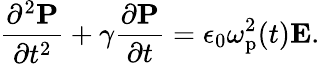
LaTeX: \frac{\partial^{2}\mathbf{P}}{\partial t^{2}}+\gamma\frac{\partial\mathbf{P}}{\partial t}=\epsilon_{0}\omega_{\mathrm{p}}^{2}(t)\mathbf{E}.